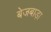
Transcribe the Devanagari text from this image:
बेजबाड़ा